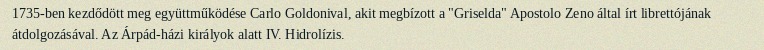
1735-ben kezdődött meg együttműködése Carlo Goldonival, akit megbízott a "Griselda" Apostolo Zeno által írt librettójának átdolgozásával. Az Árpád-házi királyok alatt IV. Hidrolízis.